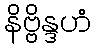
နိဗ္ဗိန္ဒဟံ